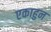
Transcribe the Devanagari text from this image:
एकाहुन